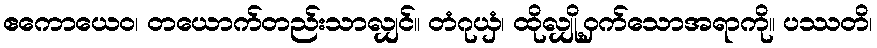
ဧကောယေဝ၊ တယောက်တည်းသာလျှင်။ တံဂုယှံ၊ ထိုလျှို့ဝှက်သောအရာကို။ ပဿတိ၊